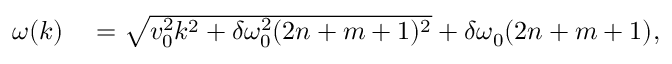
\begin{array} { r l } { \omega ( k ) } & { { } = \sqrt { v _ { 0 } ^ { 2 } k ^ { 2 } + \delta \omega _ { 0 } ^ { 2 } ( 2 n + m + 1 ) ^ { 2 } } + \delta \omega _ { 0 } ( 2 n + m + 1 ) , } \end{array}